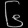
Digit: ၆